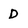
Character: D